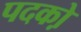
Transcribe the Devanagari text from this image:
पदको़